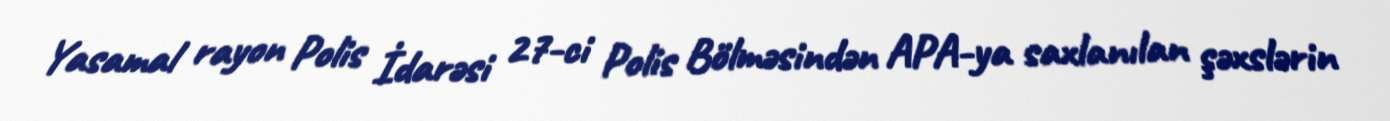
Yasamal rayon Polis İdarəsi 27-ci Polis Bölməsindən APA-ya saxlanılan şəxslərin